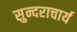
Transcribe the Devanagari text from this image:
सुन्दराचार्य